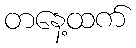
တနေ့ထက်